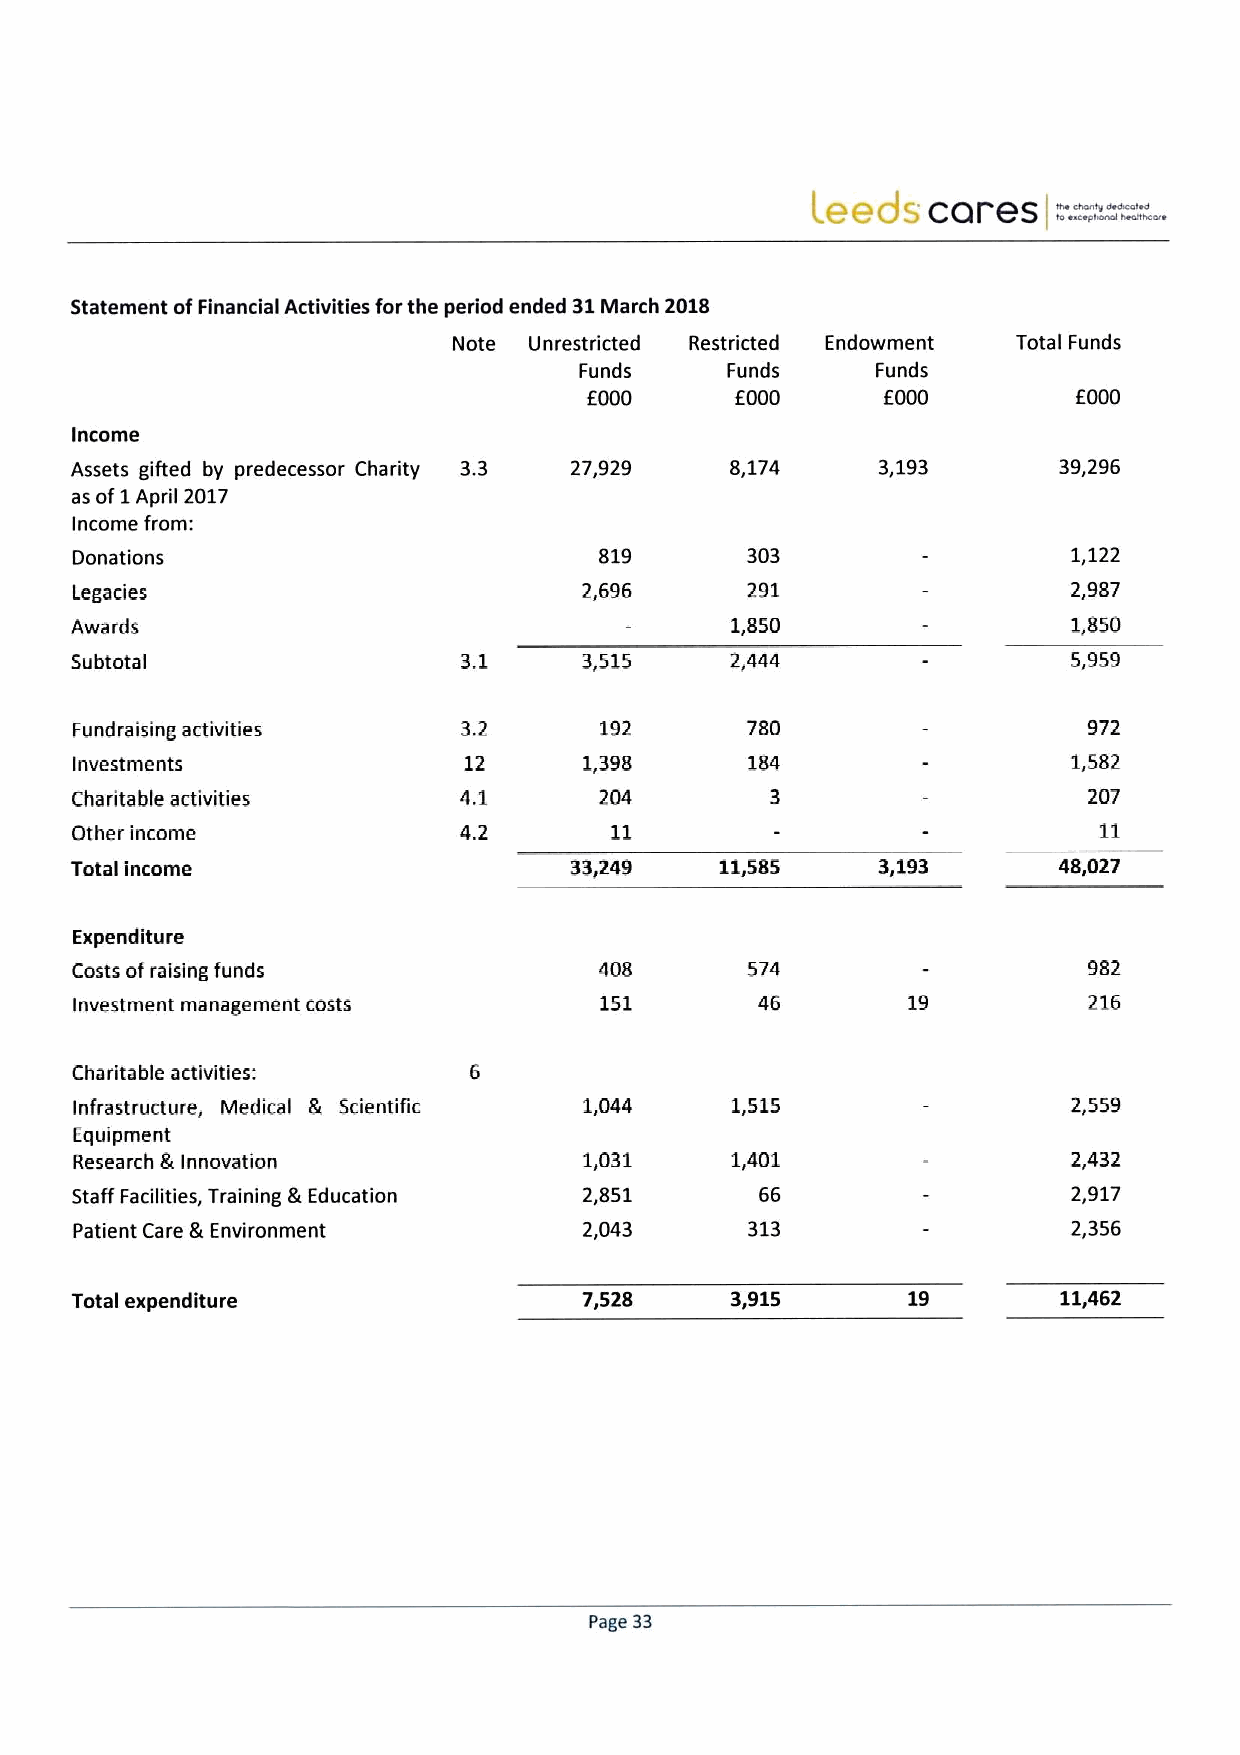
.
 ™:;==.
 LeecI. cares           .
 Statement ofFinancial Activities forthe period ended 31March 2018
 Note Unrestdcted Restricted Endowment Total Funds
 Funds     Funds     Funds
 f000      6000     f000         E000
 Income
 Assets gifted by predecessor Charity 3.3 27,929 8,174 3,193      39,296
 as of1 April 2017
 Income from:
 Donations                          819      303                   1,122
 Legacies                          2,696     291                   2,987
 Awards                                     1,850                  1,850
 Subtotal                 3.1      3,515    2,444                  5,959
 Fundraising activities   3.2       192      780                    972
 Investments               12      1,398                           1,582
 Charitable activities    4.1       204        3                    207
 Other income             4.2                                        11
 Total income                     33,249    11,585    3,193       48,027
 Expenditure
 Costs ofraising funds              408       574                   982
 Investment management costs        151       46        19          216
 Charitable activities:
 Infrastructure, Medical & Scientific 1,044 1,515                  2,559
 Equipment
 Research g Innovation             1,031    1,401                  2,432
 Staff Facilities, Training &Education 2,851  66                   2,917
 Patient Care & Environment        2,043      313                  2,356
 Total expenditure                 7,528    3,915                 11,462
 Page 33